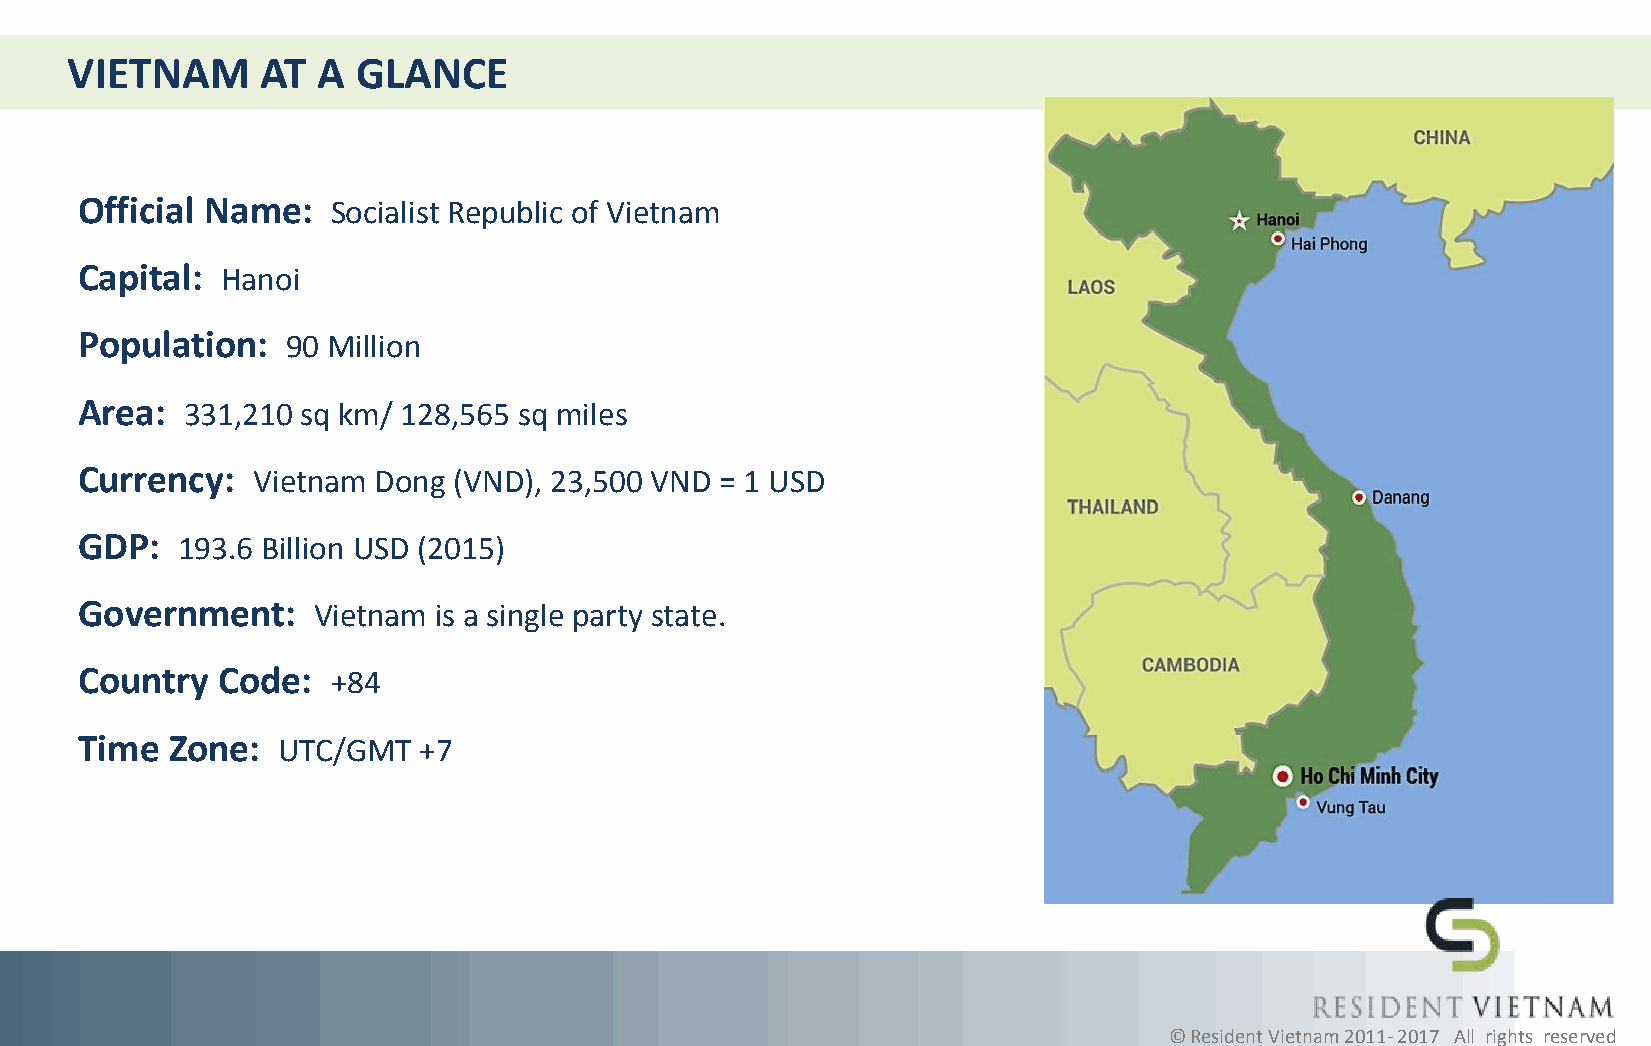
VIETNAM      AT  A  GLANCE
 Official Name:   Socialist Republic of Vietnam
 Capital:  Hanoi
 Population:   90 Million
 Area:  331,210 sq km/ 128,565 sq miles
 Currency:   Vietnam Dong (VND), 23,500 VND = 1 USD
 GDP:   193.6 Billion USD (2015)
 Government:     Vietnam is a single party state.
 Country  Code:   +84
 Time  Zone:  UTC/GMT   +7
 © Resident Vietnam 2011- 2017 All rights reserved